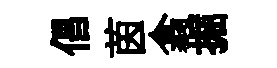
倡茵翕掘